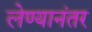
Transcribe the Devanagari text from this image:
लेण्यानंतर